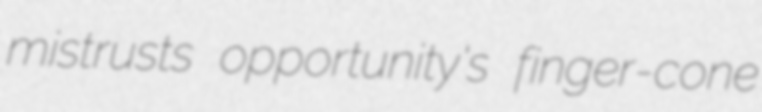
mistrusts opportunity's finger-cone